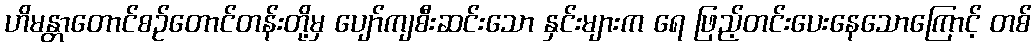
ဟိမန္တာတောင်စဉ်တောင်တန်းတို့မှ ပျော်ကျစီးဆင်းသော နှင်းများက ရေ ဖြည့်တင်းပေးနေသောကြောင့် တစ်